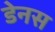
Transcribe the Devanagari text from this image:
डेनस